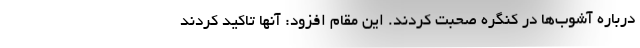
درباره آشوب‌ها در کنگره صحبت کردند. این مقام افزود: آنها تاکید کردند